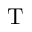
\mathrm { T }